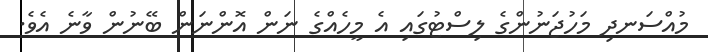
މުއްސަނދި މަހުޖަނުންގެ ލިސްޓުގައި އެ މީހެއްގެ ނަން އޮންނަން ބޭނުން ވާނެ އެވެ.